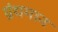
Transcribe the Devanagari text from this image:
ग्रंथमान